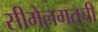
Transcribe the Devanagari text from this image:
सीमेलगतची